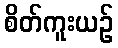
စိတ်ကူးယဉ်